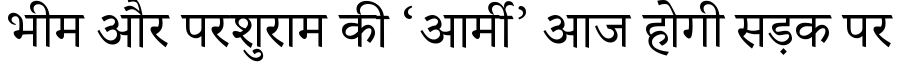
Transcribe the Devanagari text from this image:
भीम और परशुराम की ‘आर्मी’ आज होगी सड़क पर